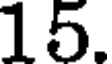
15.